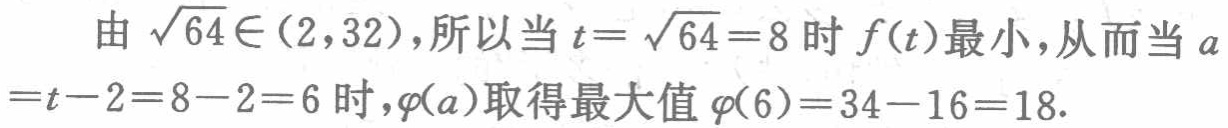
由 \(\sqrt{64}\in(2,32)\)，所以当 \(t = \sqrt{64}=8\) 时 \(f(t)\) 最小，从而当 \(a=t - 2=8 - 2=6\) 时，\(\varphi(a)\) 取得最大值 \(\varphi(6)=34 - 16=18\).